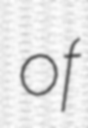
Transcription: of